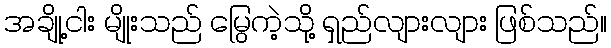
အချို့ငါး မျိုးသည် မြွေကဲ့သို့ ရှည်လျားလျား ဖြစ်သည်။